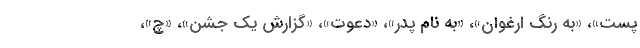
پست»، «به رنگ ارغوان»، «به نام پدر»، «دعوت»، «گزارش یک جشن»، «چ»،